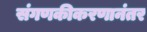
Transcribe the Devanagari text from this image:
संगणकीकरणानंतर